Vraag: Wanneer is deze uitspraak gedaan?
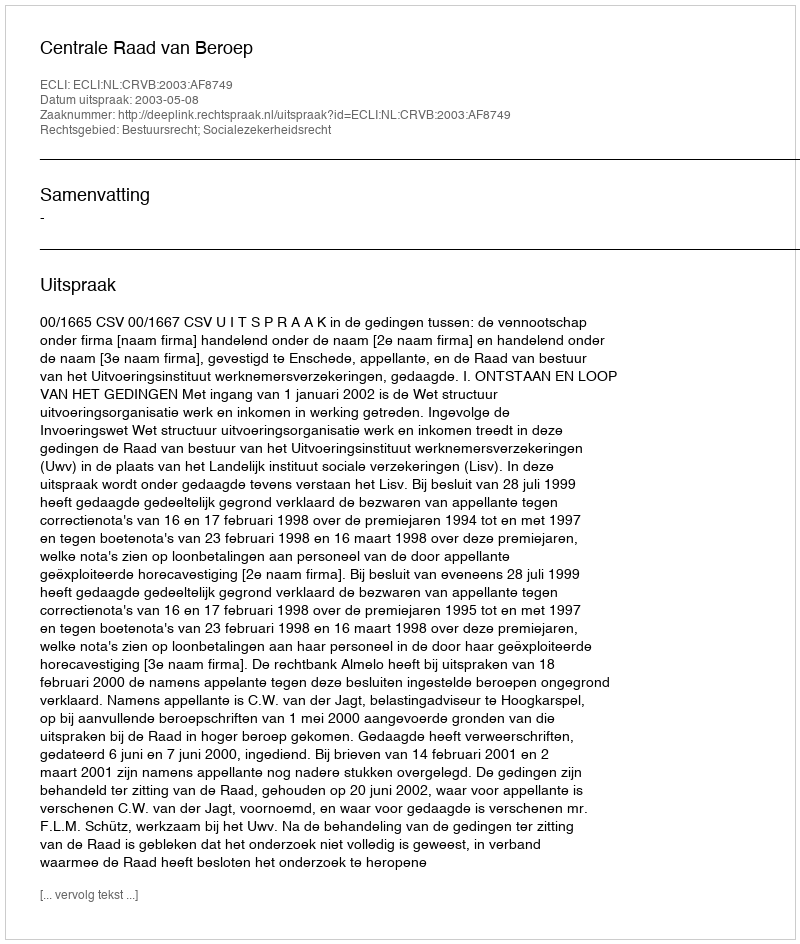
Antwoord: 2003-05-08